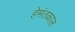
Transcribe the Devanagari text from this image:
हेमंतकाल